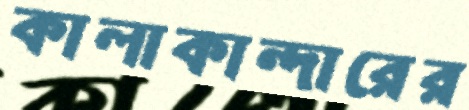
কালাকান্দারের